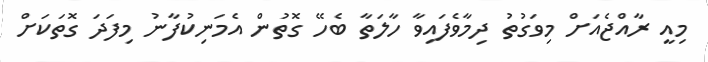
މިއީ ރާއްޖެއަށް މިވަގުތު ދިމާވެފައިވާ ހާލަތާ ބެހޭ ގޮތުން އެމަނިކުފާނު މިފަދަ ގޮތަކަށް